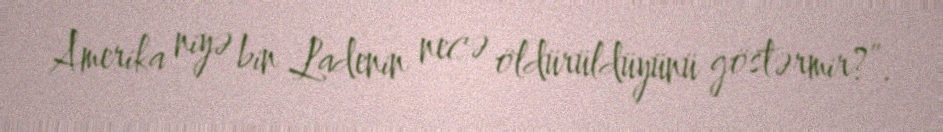
Amerika niyə bin Ladenin necə öldürüldüyünü göstərmir?”.